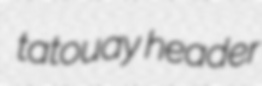
tatouay header